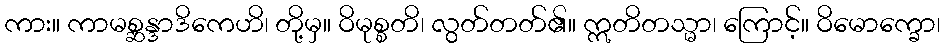
ကား။ ကာမစ္ဆန္ဒာဒိကေဟိ၊ တို့မှ။ ဝိမုစ္စတိ၊ လွတ်တတ်၏။ ဣတိတသ္မာ၊ ကြောင့်။ ဝိမောက္ခော၊